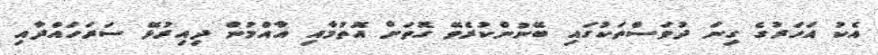
އެކު އަހަރުގެ ގިނަ ދުވަސްތަކުގައި ބޭނުންކުރެވޭ ގޮތަށް އޮތުމާއި އާއްމުން ދިއިރުޅޭ ސަރަހައްދާއި